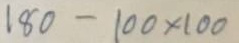
180 - 100 x 100